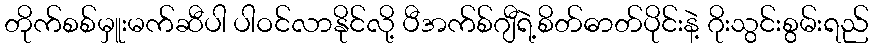
တိုက်စစ်မှူးမက်ဆီပါ ပါဝင်လာနိုင်လို့ ပီအက်စ်ဂျီရဲ့စိတ်ဓာတ်ပိုင်းနဲ့ ဂိုးသွင်းစွမ်းရည်